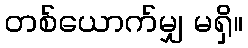
တစ်ယောက်မျှ မရှိ။